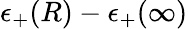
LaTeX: \epsilon_{+}(R)-\epsilon_{+}(\infty)